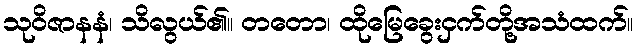
သုဝိဇာနနံ၊ သိလွယ်၏။ တတော၊ ထိုမြေခွေးငှက်တို့အသံထက်။